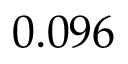
0 . 0 9 6